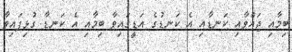
ބިމާއި ޖައްވާއި ކަނޑާއި އެ ކަނޑުގެ އަޑީގައިވާ ބިމާއި އެ ކަނޑާ ގުޅިފައިވާ